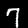
Label: 7